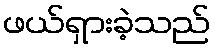
ဖယ်ရှားခဲ့သည်